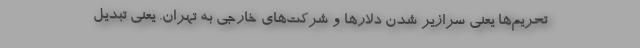
تحریم‌ها یعنی سرازیر شدن دلارها و شرکت‌های خارجی به تهران. یعنی تبدیل